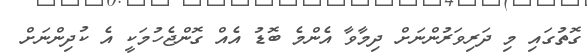
ގޮތުގައި މި ދަރިވަރުންނަށް ދިމާވާ އެންމެ ބޮޑު އެއް ގޮންޖެހުމަކީ އެ ކުދިންނަށް